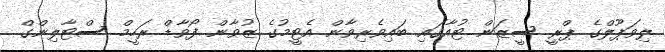
ލިވަޕޫލްގެ ޕްރީ ސީޒަން ޓުއާގައި ބައިވެރިވާން އެޓީމުގެ ޒުވާން ފޯވާޑް ރަހީމް ސްޓާލިންގް